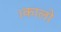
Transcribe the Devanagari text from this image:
।कालो